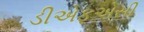
ડીએફએસી